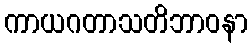
ကာယဂတာသတိဘာဝနာ